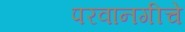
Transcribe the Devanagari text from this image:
परवानगीचे